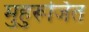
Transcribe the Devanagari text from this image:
मुहुरूर्जित